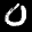
Label: 0